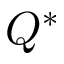
Q ^ { * }